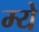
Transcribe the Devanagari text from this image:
म्ये